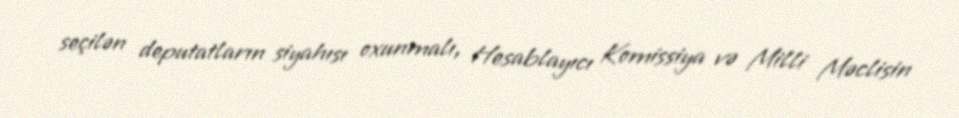
seçilən deputatların siyahısı oxunmalı, Hesablayıcı Komissiya və Milli Məclisin